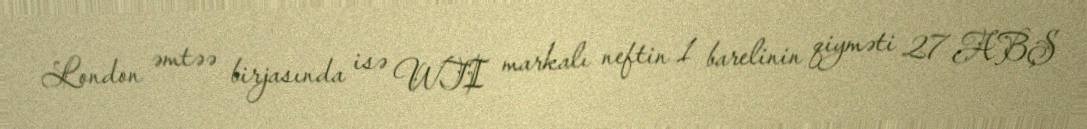
London əmtəə birjasında isə WTI markalı neftin 1 barelinin qiyməti 27 ABŞ